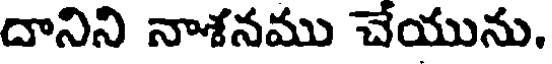
దానిని నాశనము చేయును.